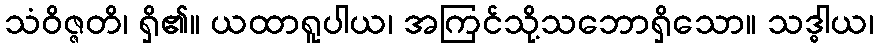
သံဝိဇ္ဇတိ၊ ရှိ၏။ ယထာရူပါယ၊ အကြင်သို့သဘောရှိသော။ သဒ္ဓါယ၊